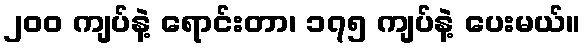
၂၀၀ ကျပ်နဲ့ ရောင်းတာ၊ ၁၇၅ ကျပ်နဲ့ ပေးမယ်။